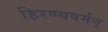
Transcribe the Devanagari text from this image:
हिरण्यवर्मन्